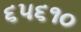
૬૫૬૧૦